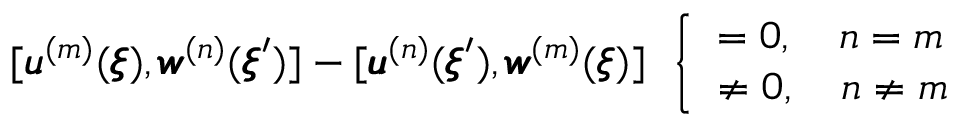
[ { \pmb u } ^ { ( m ) } ( { \pmb \xi } ) , { \pmb w } ^ { ( n ) } ( { \pmb \xi } ^ { \prime } ) ] - [ { \pmb u } ^ { ( n ) } ( { \pmb \xi } ^ { \prime } ) , { \pmb w } ^ { ( m ) } ( { \pmb \xi } ) ] \; \, \left\{ \begin{array} { l l } { = 0 , \quad n = m } \\ { \neq 0 , \quad n \neq m } \end{array} \right.